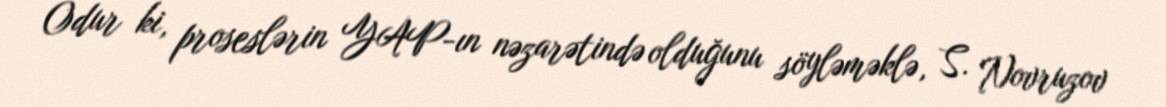
Odur ki, proseslərin YAP-ın nəzarətində olduğunu söyləməklə, S. Novruzov